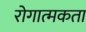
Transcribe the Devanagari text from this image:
रोगात्मकता